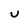
Character: u